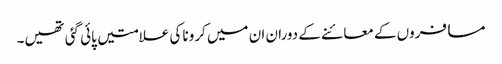
مسافروں کے معائنے کے دوران ان میں کرونا کی علامتیں پائی گئی تھیں۔